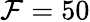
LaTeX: \mathcal{F}=50